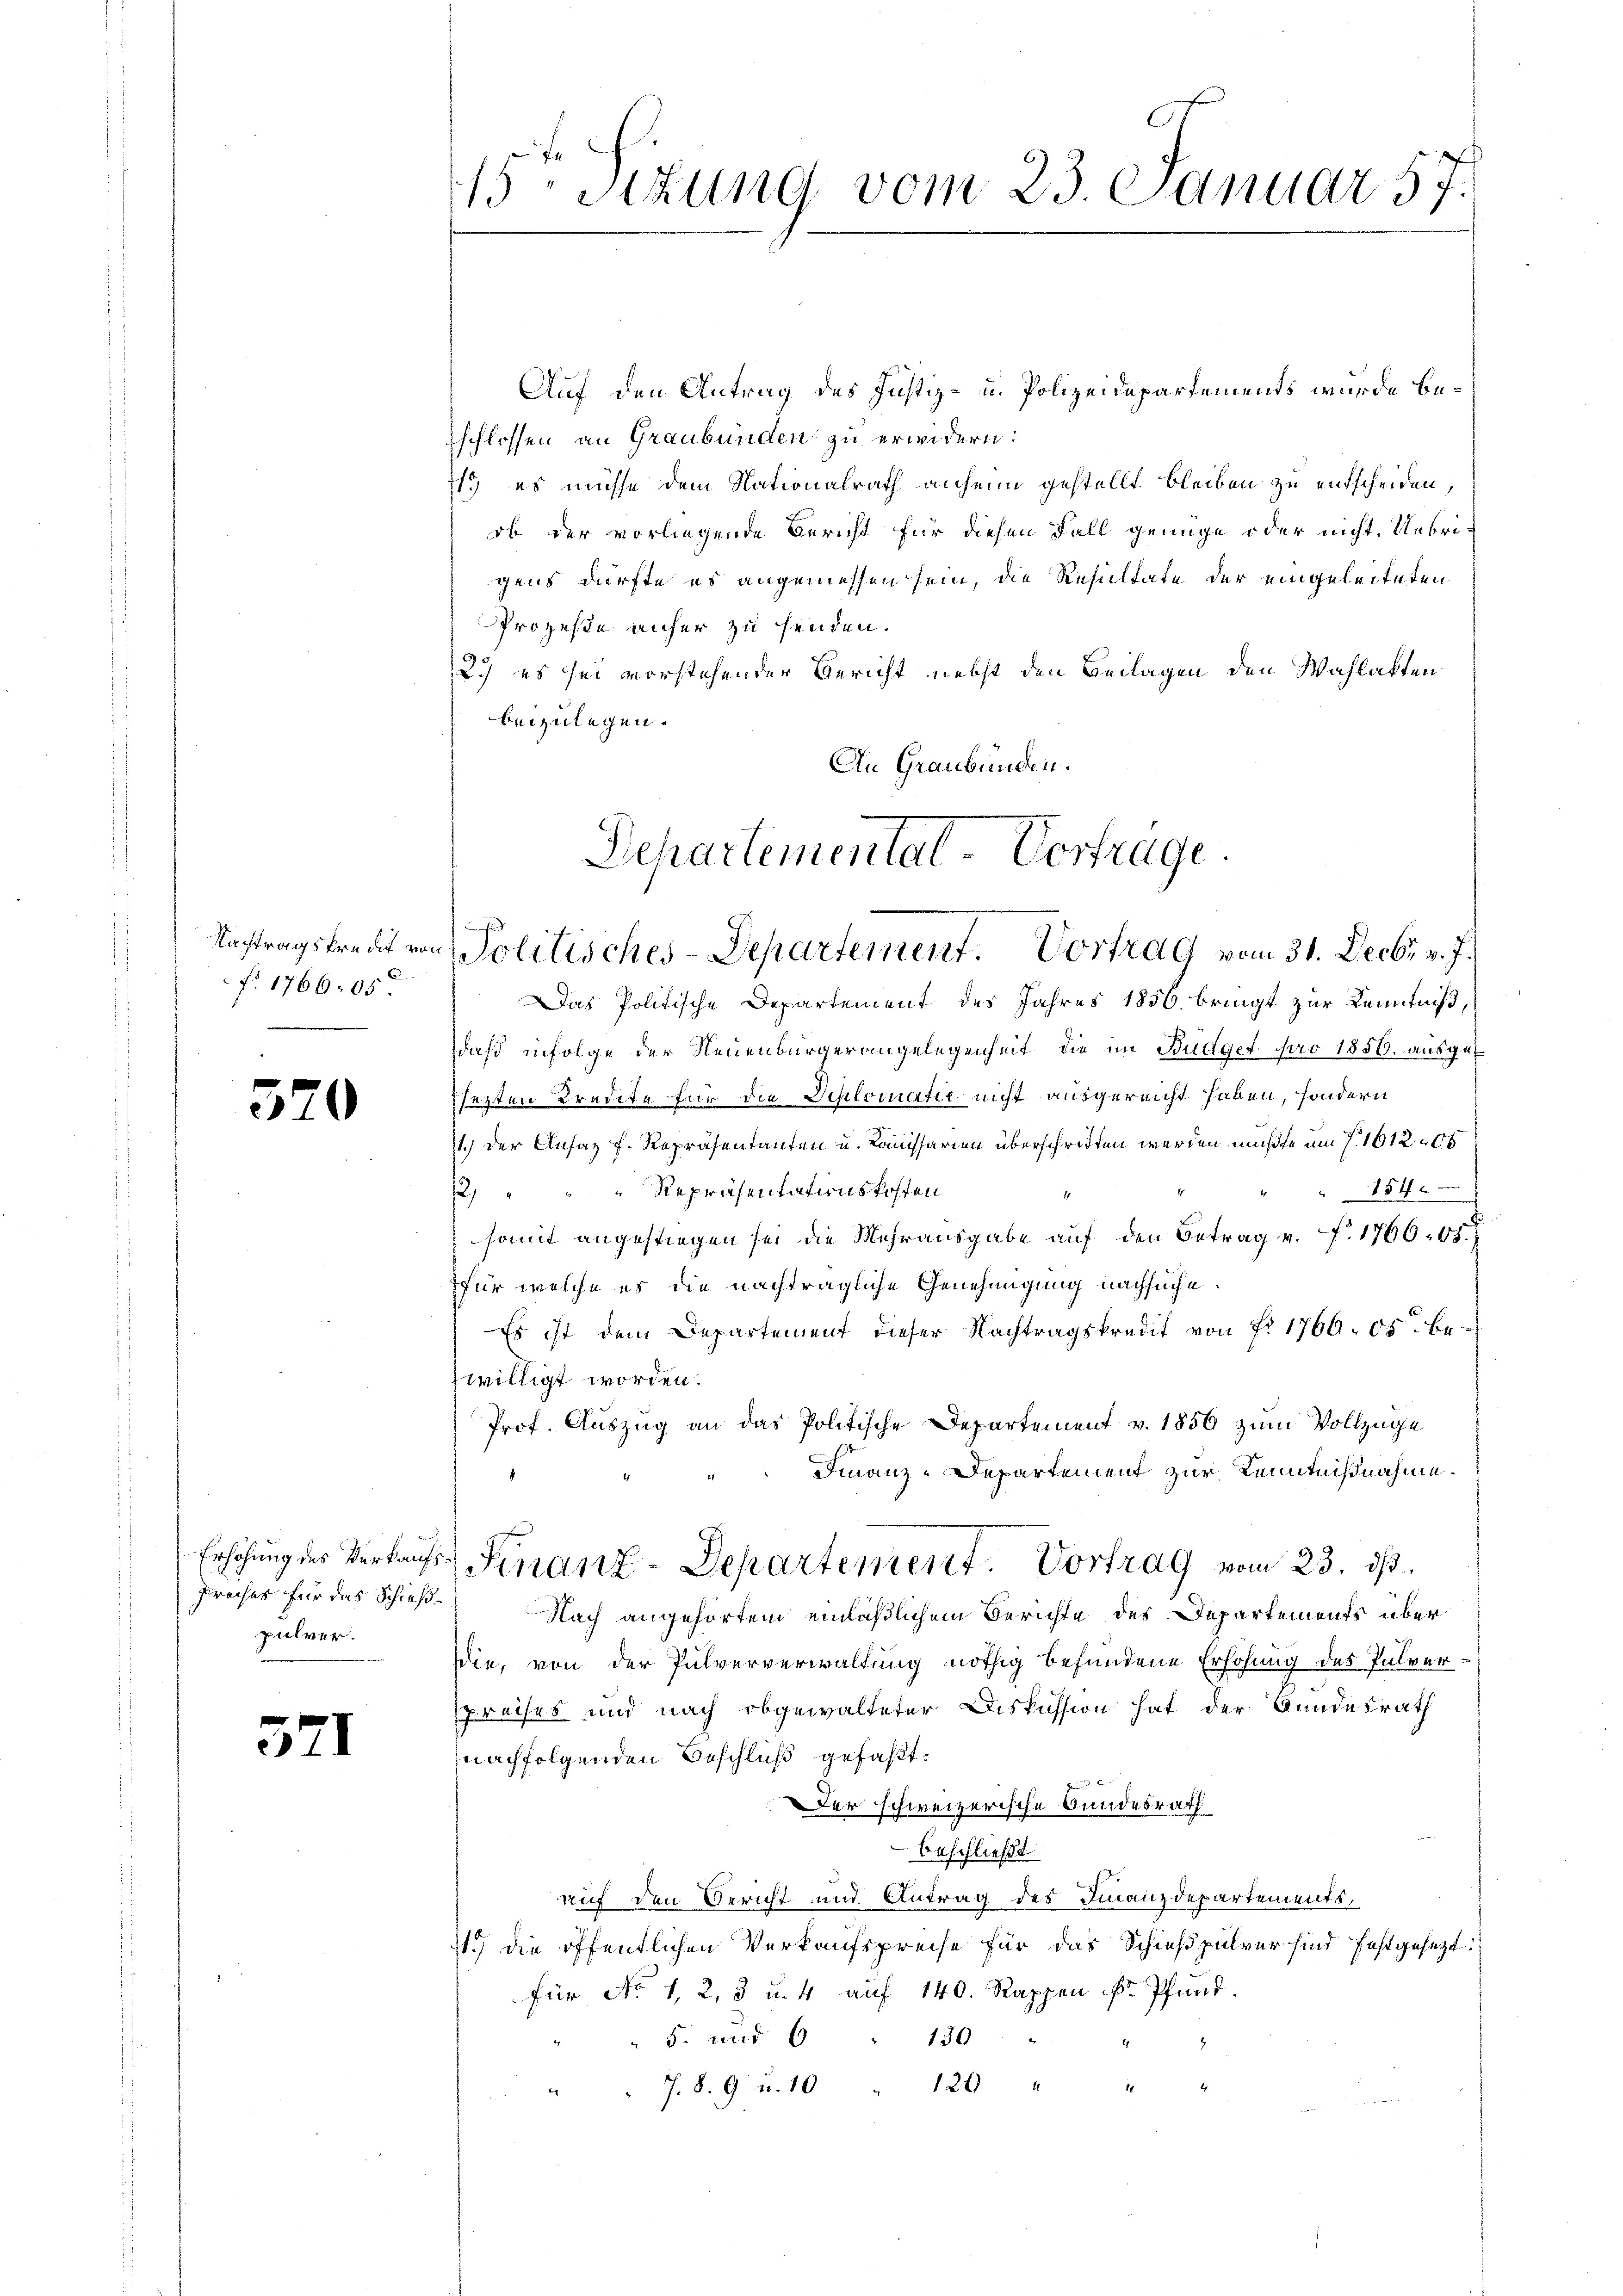
Nachtragskredit von
f. 1766,05

5

)

Erhöhung des Verkaufpreises für das Schießpulver

571

15ten Sitzung vom 23. Januar 57.

Auf den Antrag des Justiz- u. Polizeidepartements wurde beschlossen an Graubünden zu erwidern:
1) es müsse dem Nationalrath anheim gestellt bleiben zu entscheiden,
ob der vorliegende Bericht für diesen Fall genüge oder nicht. Uebrigens dürfte es angemessen sein, die Resultate der eingeleiteten
Prozesse unfer zu henden.
2.) es sei vorstehender Bericht nebst den Beilagen den Wahlakten
beizulegen.
An Graubünden.

Departemental-Vortrage
Politisches-Departement. Vortrag vom 31. Decbr v. J.

Das Politische Departement des Jahres 1856 bringt zur Kenntniß,
daß infolge der Neuenbürgerangelegenheit die im Budget pro 1850. ausgef
sezten Kredite für die Diplomatie nicht ausgereicht haben, sondern
11.) Der Ansaz f. Repräsentanten u. Komissarien überschriften werden müßte um 7. 1612 00
2) " " " Repräsentationskosten
154 x
somit angestiegen sei die Mehrausgabe auf den Betrag v. f. 1760,05.
für welche es die nachträgliche Genehmigung nachsuche
Es ist dem Departement dieser Nachtragskredit von Fr. 1760. 05 be
zwilligt worden.
Prof. Auszug an das Politische Departement v. 1856 zum Vollzüge
Finanz-Departement zur Kenntnißnahme.
) Finanz-Departement. Vortrag vom 23. ds.
Nach angehörtem einläßlichem Berichte der Departements über
die, von der Pulververwaltung nöthig befundene Erhöhung des Pulverspreises und nach obgewalteter Diskussion hat der Bundesrath
nachfolgenden Beschluß gefaßt.

Der schweizerische Bundesrath
beschließt
auf den Bericht und Antrag des Finanzdepartements,
115 die öffentlichen Verkaufspreise für das Schießpulver sind festgesezt:
für No 1, 2, 3 u. 4 auf 140. Rappen k. Pfand.
" 5. und 6 " 130
" " J. 8. 9. u. 10 " 120 " "